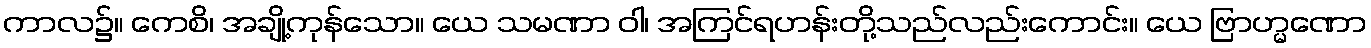
ကာလ၌။ ကေစိ၊ အချို့ကုန်သော။ ယေ သမဏာ ဝါ၊ အကြင်ရဟန်းတို့သည်လည်းကောင်း။ ယေ ဗြာဟ္မဏော